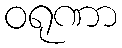
ဝရုဏာ